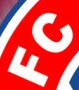
FC